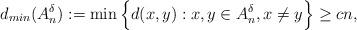
LaTeX: \begin{align*}d_{min}(A^\delta_n):=\min\Big\{d(x,y):x,y\in A_n^{\delta},x\not=y\Big\}\geq c n,\end{align*}